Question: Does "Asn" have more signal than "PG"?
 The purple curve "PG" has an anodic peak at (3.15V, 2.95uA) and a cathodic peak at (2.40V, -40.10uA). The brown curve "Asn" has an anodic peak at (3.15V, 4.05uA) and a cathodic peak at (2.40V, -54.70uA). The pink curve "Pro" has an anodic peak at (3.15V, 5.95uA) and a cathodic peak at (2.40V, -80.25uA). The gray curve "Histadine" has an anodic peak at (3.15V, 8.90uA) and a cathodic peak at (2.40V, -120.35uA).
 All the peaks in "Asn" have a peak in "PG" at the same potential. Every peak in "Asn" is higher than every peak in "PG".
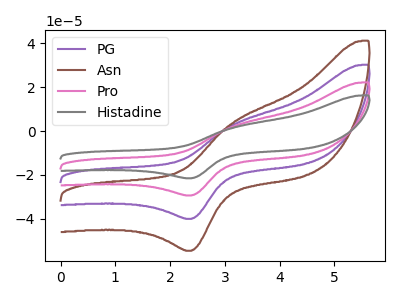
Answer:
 <answer>"Asn" has more signal than "PG".</answer>
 <eval>more_signal</eval>